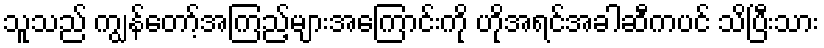
သူသည် ကျွန်တော့်အကြည့်များအကြောင်းကို ဟိုအရင်အခါဆီကပင် သိပြီးသား